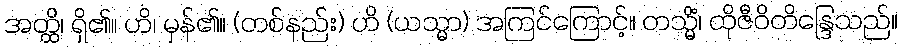
အတ္ထိ၊ ရှိ၏။ ဟိ၊ မှန်၏။ (တစ်နည်း) ဟိ (ယသ္မာ) အကြင်ကြောင့်။ တသ္မိံ၊ ထိုဇီဝိတိန္ဒြေသည်။